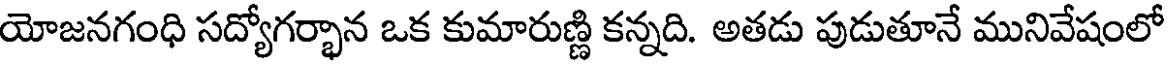
యోజనగంధి సద్యోగర్భాన ఒక కుమారుణ్ణి కన్నది. అతడు పుడుతూనే మునివేషంలో